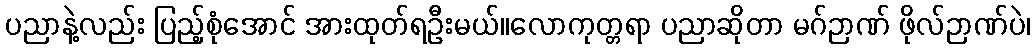
ပညာနဲ့လည်း ပြည့်စုံအောင် အားထုတ်ရဦးမယ်။လောကုတ္တရာ ပညာဆိုတာ မဂ်ဉာဏ် ဖိုလ်ဉာဏ်ပဲ၊